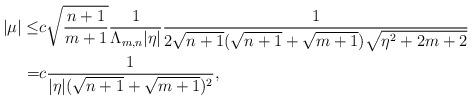
LaTeX: \begin{align*}|\mu|\leq & c \sqrt{\frac{n+1}{m+1}}\frac{1}{\Lambda_{m,n}|\eta|}\frac{1}{2\sqrt{n+1}(\sqrt{n+1}+\sqrt{m+1})\sqrt{\eta^2+2m+2}}\\= & c \frac{1}{|\eta|(\sqrt{n+1}+\sqrt{m+1})^2},\end{align*}